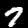
Digit: 7